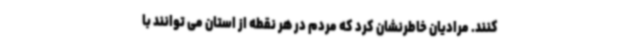
کنند. مرادیان خاطرنشان کرد که مردم در هر نقطه از استان می توانند با